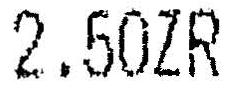
2.50ZR